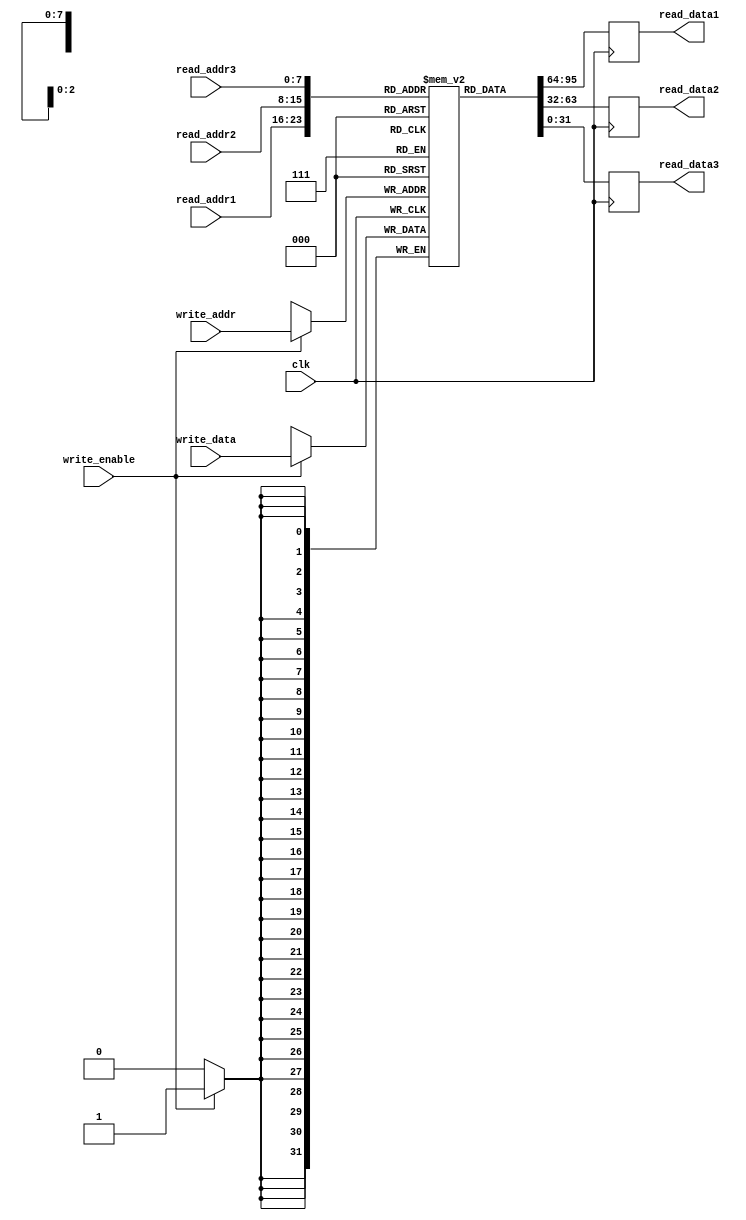
module register_file (
    input wire clk,
    input wire [7:0] read_addr1,
    input wire [7:0] read_addr2,
    input wire [7:0] read_addr3,
    input wire [7:0] write_addr,
    input wire write_enable,
    input wire [31:0] write_data,
    output reg [31:0] read_data1,
    output reg [31:0] read_data2,
    output reg [31:0] read_data3
);

reg [31:0] memory [255:0];

always @(posedge clk) begin
    if (write_enable) begin
        memory[write_addr] <= write_data;
    end
    read_data1 <= memory[read_addr1];
    read_data2 <= memory[read_addr2];
    read_data3 <= memory[read_addr3];
end

endmodule